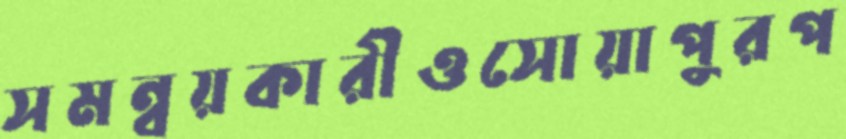
সমন্বয়কারীওসোয়াপুরপ